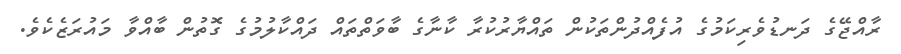
ރާއްޖޭގެ ދަނޑުވެރިކަމުގެ އުފެއްދުންތަކުން ތައްޔާރުކުރާ ކާނާގެ ބާވަތްތައް ދައްކާލުމުގެ ގޮތުން ބާއްވާ މައުރަޒެކެވެ.